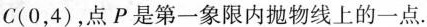
C(0，4)，点P是第一象限内抛物线上的一点.